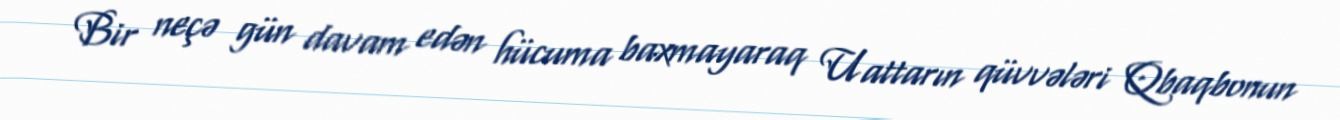
Bir neçə gün davam edən hücuma baxmayaraq Uattarın qüvvələri Qbaqbonun